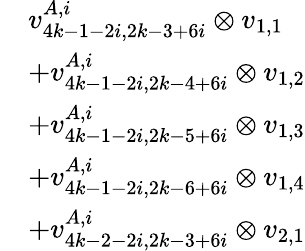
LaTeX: \begin{array}{rl}&{v_{4k-1-2i,2k-3+6i}^{A,i}\otimes v_{1,1}}\\ &{+v_{4k-1-2i,2k-4+6i}^{A,i}\otimes v_{1,2}}\\ &{+v_{4k-1-2i,2k-5+6i}^{A,i}\otimes v_{1,3}}\\ &{+v_{4k-1-2i,2k-6+6i}^{A,i}\otimes v_{1,4}}\\ &{+v_{4k-2-2i,2k-3+6i}^{A,i}\otimes v_{2,1}}\end{array}